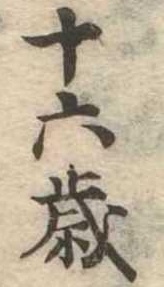
十六歳